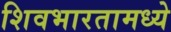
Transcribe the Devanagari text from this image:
शिवभारतामध्ये